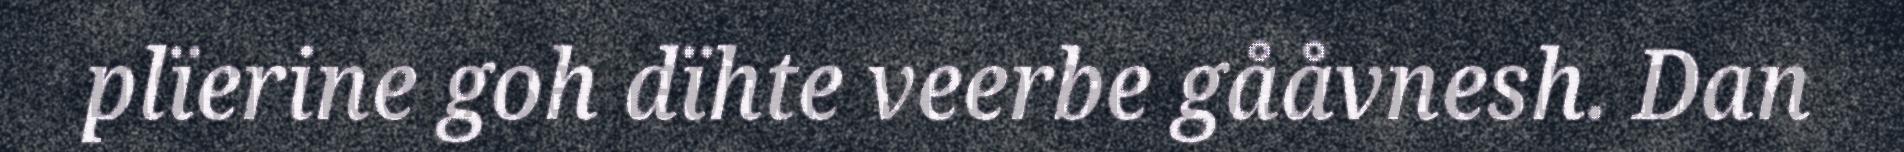
plïerine goh dïhte veerbe gååvnesh. Dan